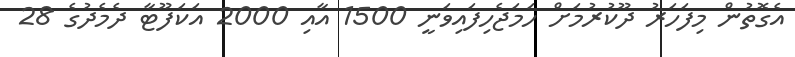
އެގޮތުން މިފަހަރު ދޫކުރުމަށް ހަމަޖެހިފައިވަނީ 1500 އާއި 2000 އަކަފޫޓާ ދެމެދުގެ 28